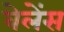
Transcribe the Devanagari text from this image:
वेलेंस